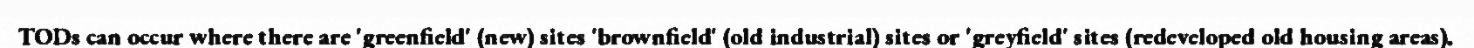
TODs can occur where there are 'greenfield' (new) sites 'brownfield' (old industrial) sites or 'greyfield' sites (redeveloped old housing areas).